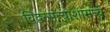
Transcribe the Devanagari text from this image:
विद्वत्संन्याशांमध्ये